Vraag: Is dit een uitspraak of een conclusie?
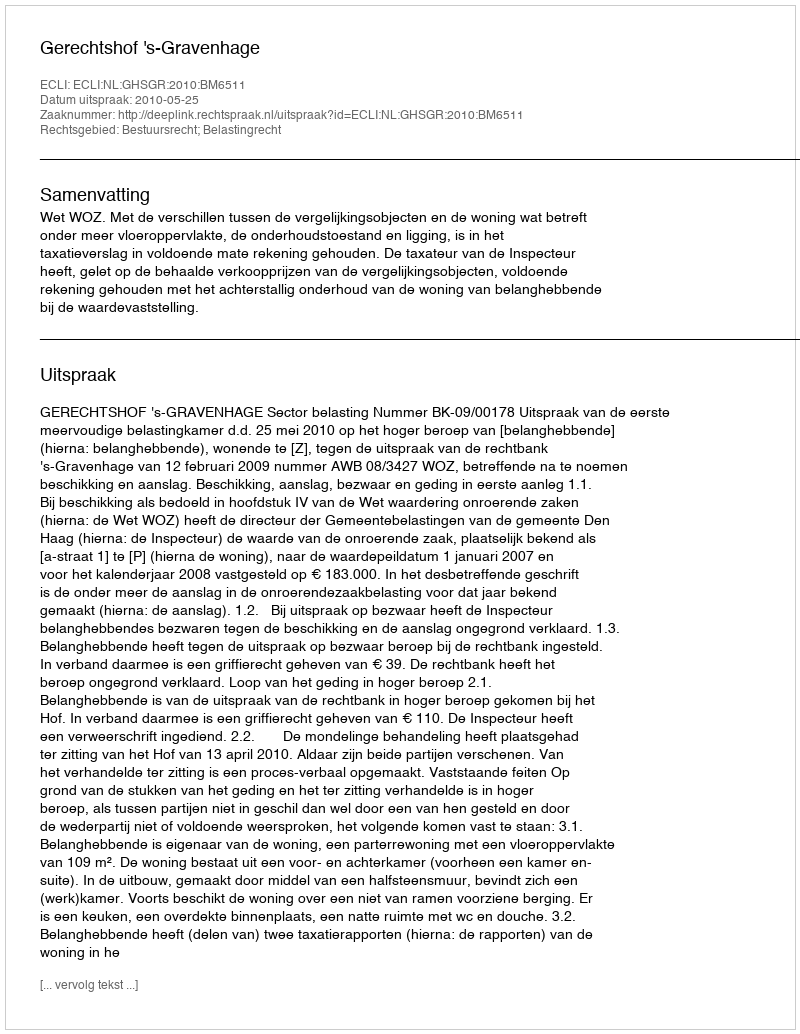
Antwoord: Uitspraak